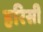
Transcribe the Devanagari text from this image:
हरिसी